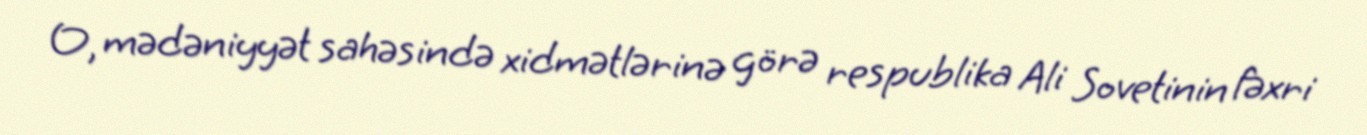
O, mədəniyyət sahəsində xidmətlərinə görə respublika Ali Sovetinin fəxri